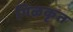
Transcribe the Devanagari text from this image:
गिळकृत